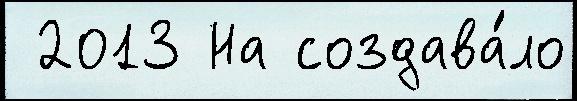
 2013 На создава́ло